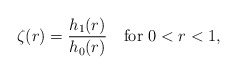
\begin{align*}\zeta(r)=\frac{h_1(r)}{h_0(r)}\quad\hbox{for}\ 0<r<1,\end{align*}